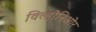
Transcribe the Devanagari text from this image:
विल्होनिओर